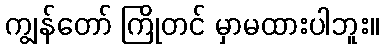
ကျွန်တော် ကြိုတင် မှာမထားပါဘူး။